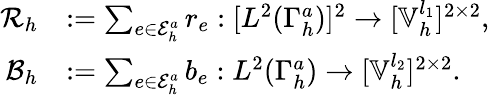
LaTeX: \begin{array}{rl}{\mathcal{R}_{h}}&{:=\sum_{e\in\mathcal{E}_{h}^{a}}r_{e}:[L^{2}(\Gamma_{h}^{a})]^{2}\rightarrow[\mathbb{V}_{h}^{l_{1}}]^{2\times 2},}\\ {\mathcal{B}_{h}}&{:=\sum_{e\in\mathcal{E}_{h}^{a}}b_{e}:L^{2}(\Gamma_{h}^{a})\rightarrow[\mathbb{V}_{h}^{l_{2}}]^{2\times 2}.}\end{array}